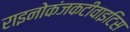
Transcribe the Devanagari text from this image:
राइनोकंजकटीवाइटिस